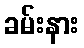
ခမ်းနား